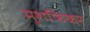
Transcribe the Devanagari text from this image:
मुशफिकर